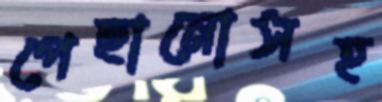
পেছানোসহ